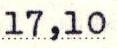
17,10